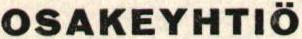
OSAKEYHTIÖ